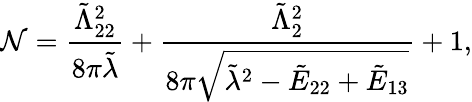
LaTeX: \mathcal{N}=\frac{\tilde{\Lambda}_{22}^{2}}{8\pi\tilde{\lambda}}+\frac{\tilde{\Lambda}_{2}^{2}}{8\pi\sqrt{\tilde{\lambda}^{2}-\tilde{E}_{22}+\tilde{E}_{13}}}+1,